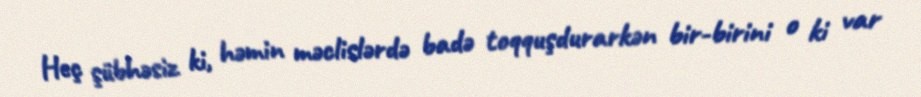
Heç şübhəsiz ki, həmin məclislərdə badə toqquşdurarkən bir-birini o ki var